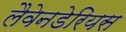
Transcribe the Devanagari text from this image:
लैवेनडेरियस